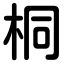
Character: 桐